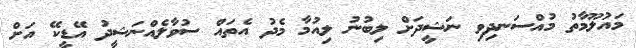
މައުލޫމާތު މުއްސަނދިވި ނަޝީދަށް ލިބުނު ލިއުމާ މެދު އެތައް ސުވާލެއްނަޝީދު އޭޑީކޭ އަށް